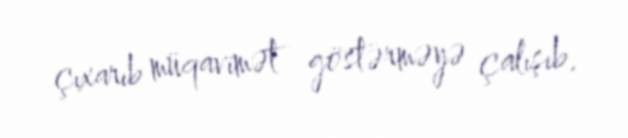
çıxarıb müqavimət göstərməyə çalışıb.